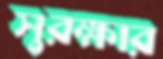
সুরক্ষার